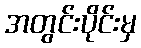
အတွင်းပိုင်းမှ